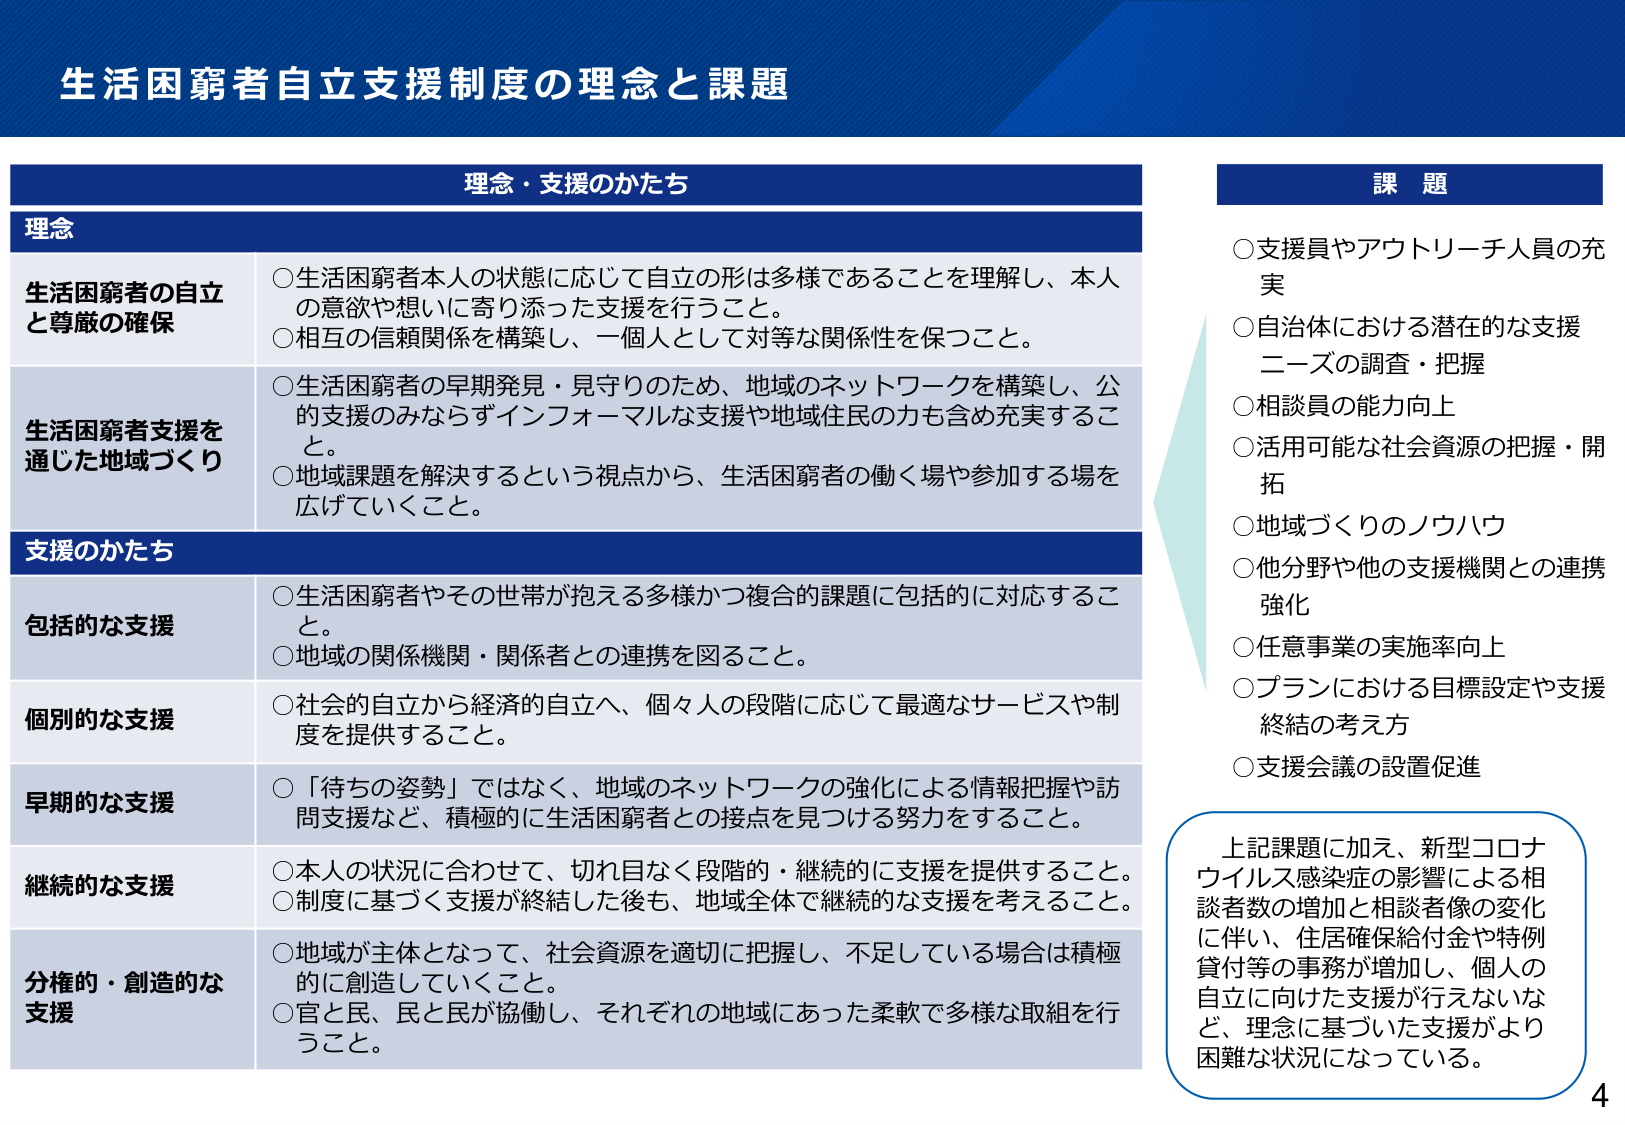
生活困窮者自立支援制度の理念と課題

理念・支援のかたち

理念
生活困窮者の自立と尊厳の確保
○生活困窮者本人の状態に応じて自立の形は多様であることを理解し、本人の意欲や想いに寄り添った支援を行うこと。
○相互の信頼関係を構築し、一個人として対等な関係性を保つこと。

生活困窮者支援を通じた地域づくり
○生活困窮者の早期発見・見守りのため、地域のネットワークを構築し、公的支援のみならずインフォーマルな支援や地域住民の力も含め充実すること。
○地域課題を解決するという視点から、生活困窮者の働く場や参加する場を広げていくこと。

支援のかたち
包括的な支援
○生活困窮者やその世帯が抱える多様かつ複合的課題に包括的に対応すること。
○地域の関係機関・関係者との連携を図ること。

個別的な支援
○社会的自立から経済的自立へ、個々人の段階に応じて最適なサービスや制度を提供すること。

早期的な支援
○「待ちの姿勢」ではなく、地域のネットワークの強化による情報把握や訪問支援など、積極的に生活困窮者との接点を見つける努力をすること。

継続的な支援
○本人の状況に合わせて、切れ目なく段階的・継続的に支援を提供すること。
○制度に基づく支援が終結した後も、地域全体で継続的な支援を考えること。

分権的・創造的な支援
○地域が主体となって、社会資源を適切に把握し、不足している場合は積極的に創造していくこと。
○官と民、民と民が協働し、それぞれの地域にあった柔軟で多様な取組を行うこと。

課題
○支援員やアウトリーチ人員の充実
○自治体における潜在的な支援ニーズの調査・把握
○相談員の能力向上
○活用可能な社会資源の把握・開拓
○地域づくりのノウハウ
○他分野や他の支援機関との連携強化
○任意事業の実施率向上
○プランにおける目標設定や支援終結の考え方
○支援会議の設置促進

上記課題に加え、新型コロナウイルス感染症の影響による相談者数の増加と相談者像の変化に伴い、住居確保給付金や特例貸付等の事務が増加し、個人の自立に向けた支援が行えないなど、理念に基づいた支援がより困難な状況になっている。

4